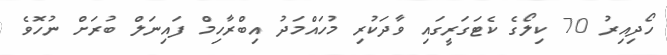
ހޯދިއިރު 70 ކިލޯގެ ކެޓަގަރީގައި ވާދަކުރި މުހައްމަދު އިބްރާހިމް ފައިނަލް ބުރަށް ނުހޮވެ